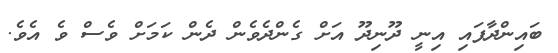
ބައިންދާފައި އިނީ ދޫނިދޫ އަށް ގެންދެވެން ދެން ކަމަށް ވެސް ވެ އެވެ.